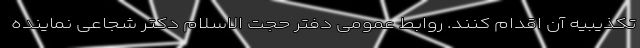
تکذیبیه آن اقدام کنند. روابط عمومی دفتر حجت الاسلام دکتر شجاعی نماینده